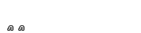
٢٧